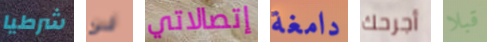
شرطيا لن إتصالاتي دامغة أجرحك قبلا